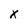
Character: k